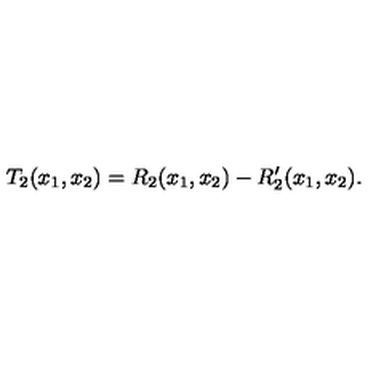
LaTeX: T _ { 2 } ( x _ { 1 } , x _ { 2 } ) = R _ { 2 } ( x _ { 1 } , x _ { 2 } ) - R _ { 2 } ^ { \prime } ( x _ { 1 } , x _ { 2 } ) .